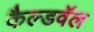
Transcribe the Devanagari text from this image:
कैल्डवॅल